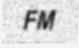
FM